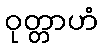
ဝုတ္တာဟံ